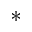
\ast